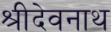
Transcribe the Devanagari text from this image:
श्रीदेवनाथ